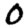
Digit: 0